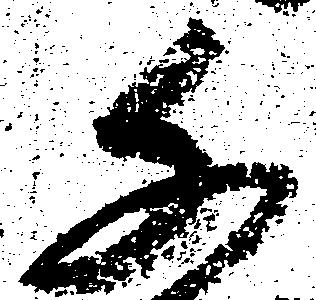
千